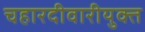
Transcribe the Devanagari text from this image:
चहारदीवारीयुक्त